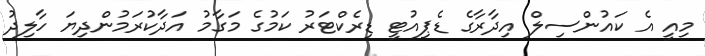
މިއީ އެ ކައުންސިލް އިދާރާގެ ޑެޕިއުޓީ ޑިރެކްޓަރު ކަމުގެ މަގާމު އަދާކުރަމުންދިޔަ ހާލިދު